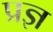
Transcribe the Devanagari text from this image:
प्रज्ञ